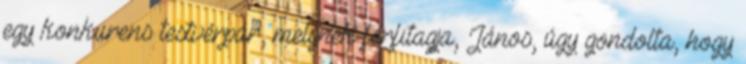
egy konkurens testvérpár, melynek férfitagja, János, úgy gondolta, hogy